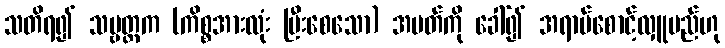
သတိရ၍ သဗ္ဗတ္ထက (ကိစ္စအားလုံး ပြီးစေသော) အမတ်ကို ခေါ်၍ အရာမ်စောင့်လှူမည်ဟု